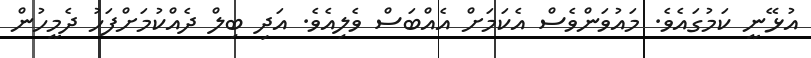
އުޅޭނީ ކަމުގައެވެ. މައުވަންވެސް އެކަމަށް އެއްބަސް ވެލިއެވެ. އަދި ބިލް ދެއްކުމަށްފަހު ދެމީހުން